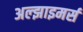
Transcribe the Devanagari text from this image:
अल्झाइमर्स